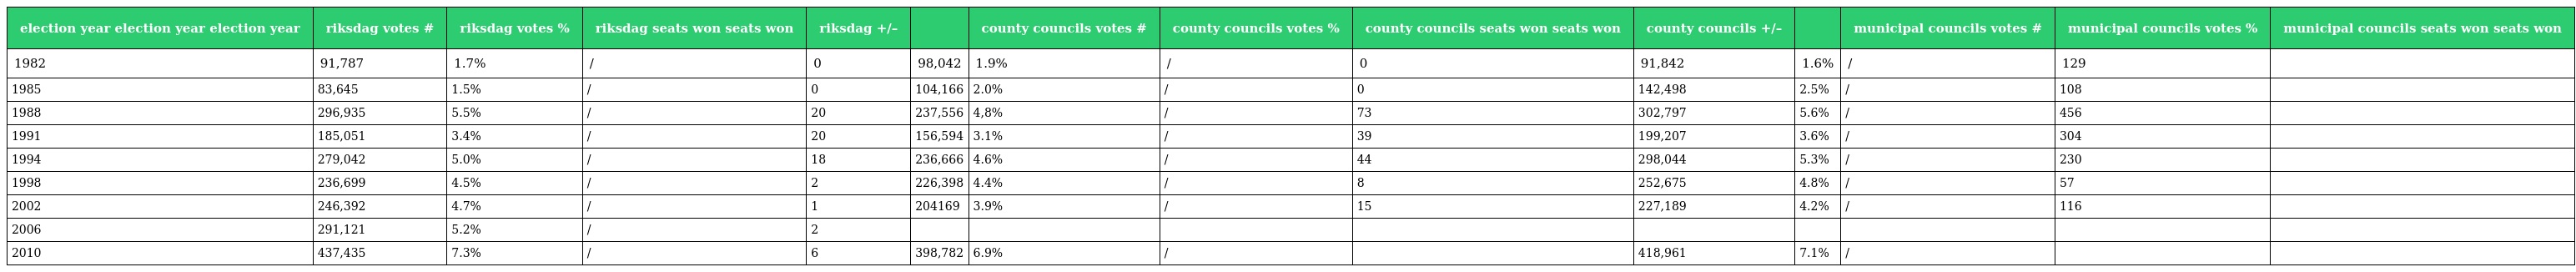
| election year election year election year | riksdag votes # | riksdag votes % | riksdag seats won seats won | riksdag +/– |  | county councils votes # | county councils votes % | county councils seats won seats won | county councils +/– |  | municipal councils votes # | municipal councils votes % | municipal councils seats won seats won |
 | --- | --- | --- | --- | --- | --- | --- | --- | --- | --- | --- | --- | --- | --- |
 | 1982 | 91,787 | 1.7% | / | 0 | 98,042 | 1.9% | / | 0 | 91,842 | 1.6% | / | 129 |  |
 | 1985 | 83,645 | 1.5% | / | 0 | 104,166 | 2.0% | / | 0 | 142,498 | 2.5% | / | 108 |  |
 | 1988 | 296,935 | 5.5% | / | 20 | 237,556 | 4,8% | / | 73 | 302,797 | 5.6% | / | 456 |  |
 | 1991 | 185,051 | 3.4% | / | 20 | 156,594 | 3.1% | / | 39 | 199,207 | 3.6% | / | 304 |  |
 | 1994 | 279,042 | 5.0% | / | 18 | 236,666 | 4.6% | / | 44 | 298,044 | 5.3% | / | 230 |  |
 | 1998 | 236,699 | 4.5% | / | 2 | 226,398 | 4.4% | / | 8 | 252,675 | 4.8% | / | 57 |  |
 | 2002 | 246,392 | 4.7% | / | 1 | 204169 | 3.9% | / | 15 | 227,189 | 4.2% | / | 116 |  |
 | 2006 | 291,121 | 5.2% | / | 2 |  |  |  |  |  |  |  |  |  |
 | 2010 | 437,435 | 7.3% | / | 6 | 398,782 | 6.9% | / |  | 418,961 | 7.1% | / |  |  |